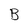
Character: B